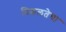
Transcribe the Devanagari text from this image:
विशलतेचा